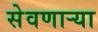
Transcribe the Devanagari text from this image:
सेवणाऱ्या